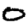
Digit: 0